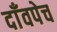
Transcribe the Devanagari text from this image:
दाँवपेच